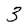
Character: 3